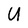
Character: U